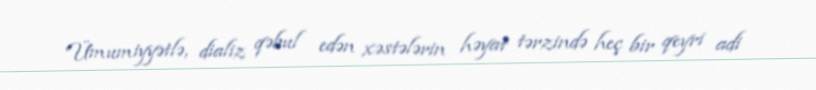
Ümumiyyətlə, dializ qəbul edən xəstələrin həyat tərzində heç bir qeyri adi